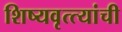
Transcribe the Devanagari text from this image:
शिष्यवृत्त्यांची